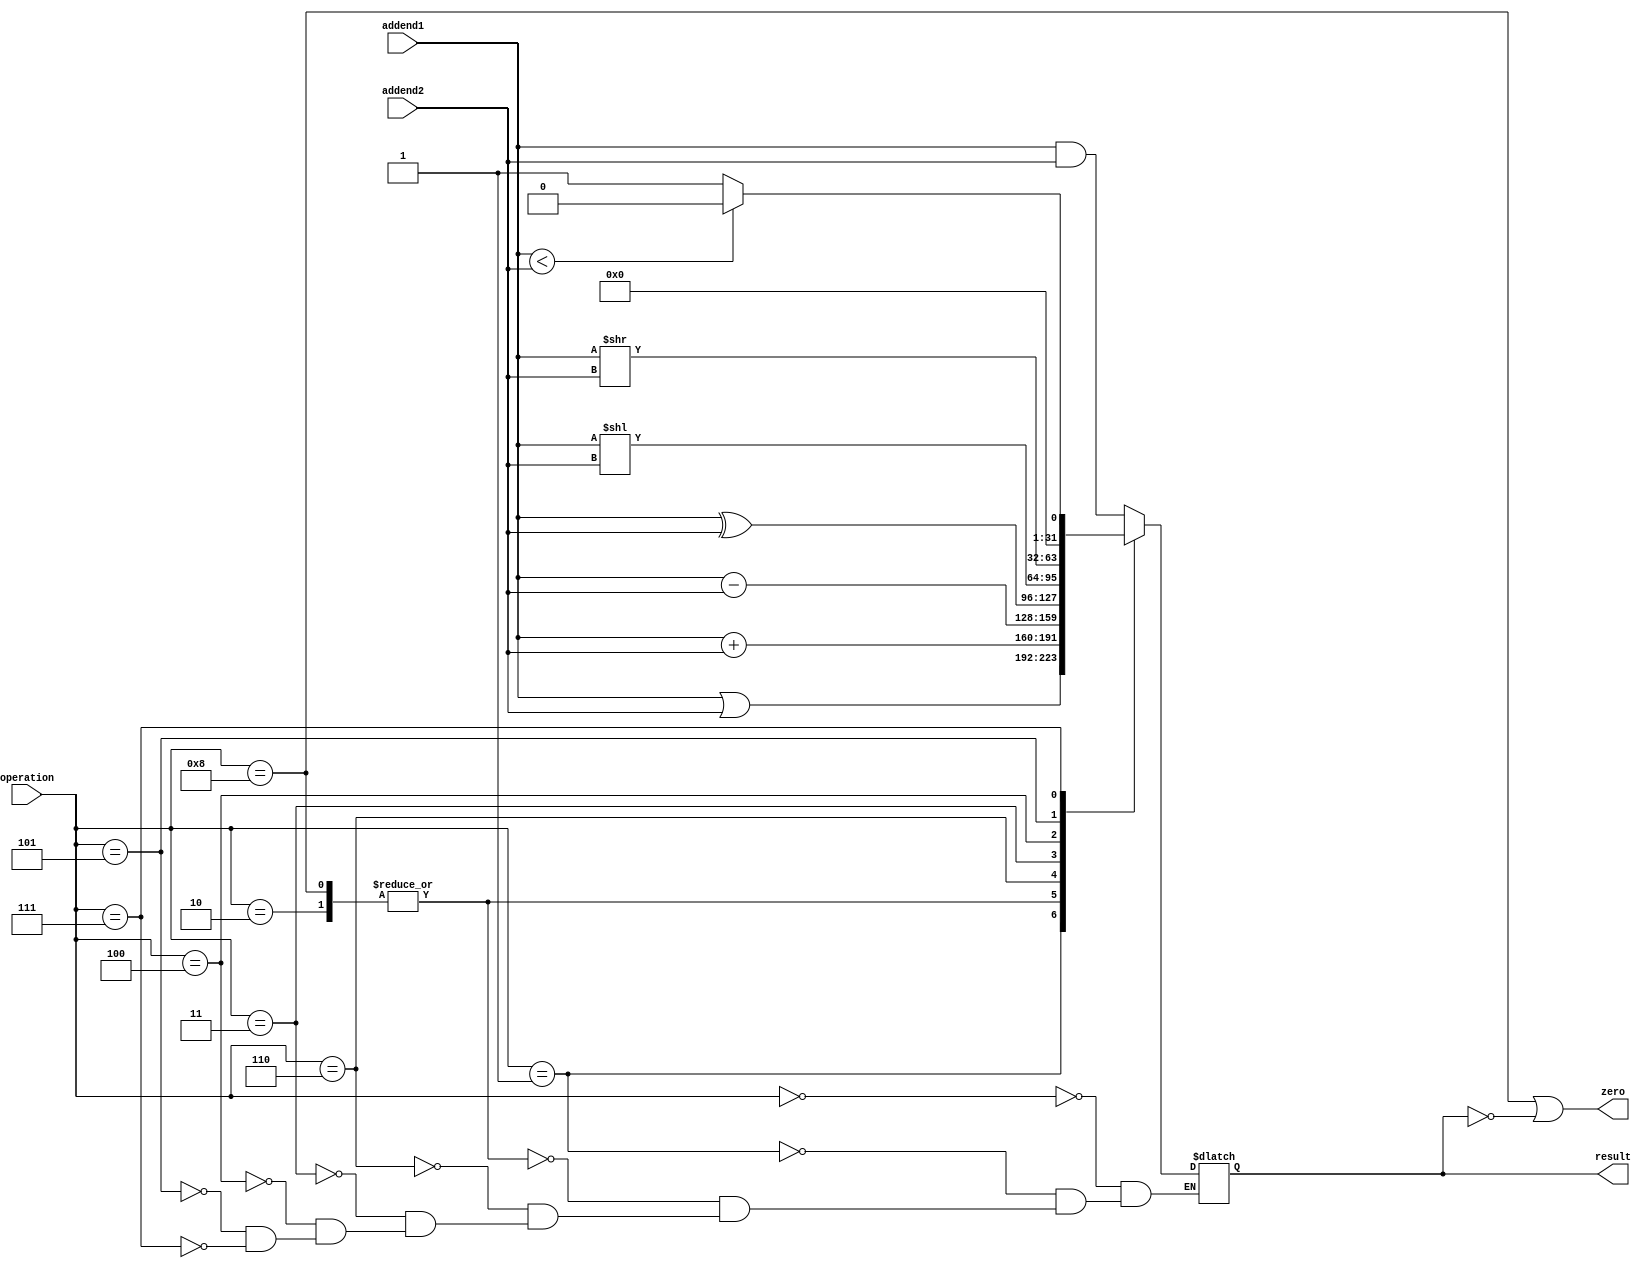
module ALU #(
        parameter AND = 4'b0000,
        parameter OR = 4'b0001,
        parameter ADD = 4'b0010,
        parameter SUBTRACT = 4'b0110,
        parameter XOR = 4'b0011,
        parameter SLL = 4'b0100,
        parameter SRL = 4'b0101,
        parameter LESS_THAN = 4'b0111,
        parameter JAL=4'b1000,
        parameter REG_NUM_BITWIDTH = 5,
        parameter WORD_BITWIDTH = 32
    )(
        input      [ 3:0] operation,
        input      [WORD_BITWIDTH-1:0] addend1  ,
        input      [WORD_BITWIDTH-1:0] addend2  ,
        output            zero     ,
        output reg [WORD_BITWIDTH-1:0] result
    );
    always@*
    begin
        case(operation)
            AND :
                result = addend1&addend2;
            OR :
                result = addend1|addend2;
            ADD,JAL :
                result = addend1+addend2;
            SUBTRACT :
                result = addend1-addend2;
            XOR:
                result = addend1^addend2;
            SLL:
                result = addend1<<addend2;
            SRL:
                result = addend1>>addend2;
            LESS_THAN:
                result = addend1<addend2? 1'b0 : 1'b1;
            // JAL:
            //     result = 32'hDEADBEEF;
            // default :
            //     result = {WORD_BITWIDTH{1'b0}};
        endcase
    end
    assign zero = operation==JAL||result == {WORD_BITWIDTH{1'b0}};
endmodule